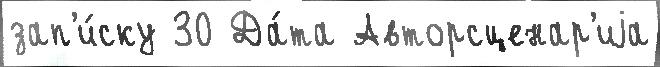
зап'и́ску 30 Да́та Авторсценар'иjа